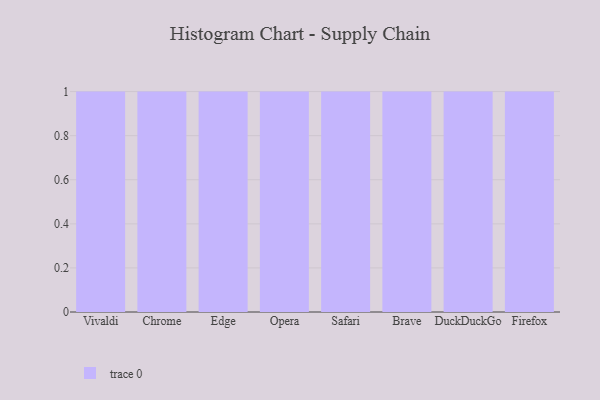
{"axis": {"x": "Browser", "y": "Shipments"}, "legend": [""], "data": [{"x": "Vivaldi", "y": 1, "type": ""}, {"x": "Chrome", "y": 62, "type": ""}, {"x": "Edge", "y": 67, "type": ""}, {"x": "Opera", "y": 35, "type": ""}, {"x": "Safari", "y": 76, "type": ""}, {"x": "Brave", "y": 99, "type": ""}, {"x": "DuckDuckGo", "y": 41, "type": ""}, {"x": "Firefox", "y": 41, "type": ""}]}